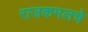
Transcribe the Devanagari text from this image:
राजकमलचे